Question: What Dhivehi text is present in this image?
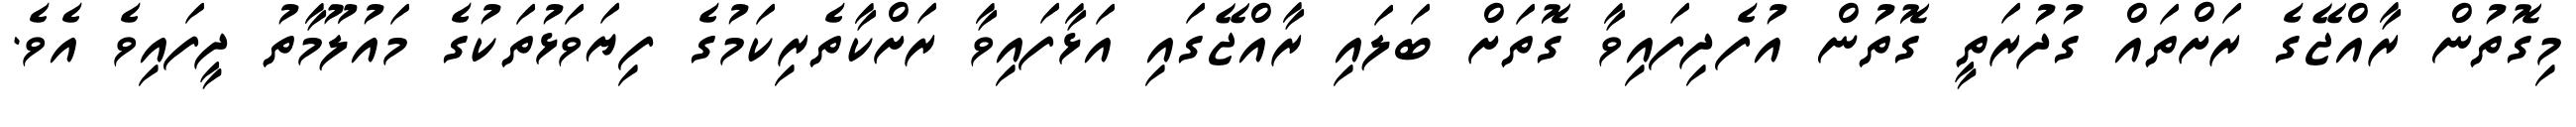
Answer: މިގޮތުން ރާއްޖޭގެ ރަށްތައް ގުދުރަތީ ގޮތުން އުފެދިފައިވާ ގޮތަށް ބަލައި ރާއްޖޭގައި އަޅާފައިވާ ރަށްކާތެރިކަމުގެ ފިޔަވަޅުތަކުގެ މައުލޫމާތު ދީފައިވެ އެވެ.